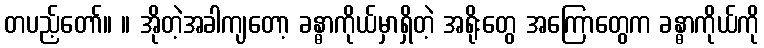
တပည့်တော်။ ။ အိုတဲ့အခါကျတော့ ခန္ဓာကိုယ်မှာရှိတဲ့ အရိုးတွေ အကြောတွေက ခန္ဓာကိုယ်ကို